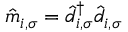
\hat { m } _ { i , \sigma } = \hat { d } _ { i , \sigma } ^ { \dagger } \hat { d } _ { i , \sigma }